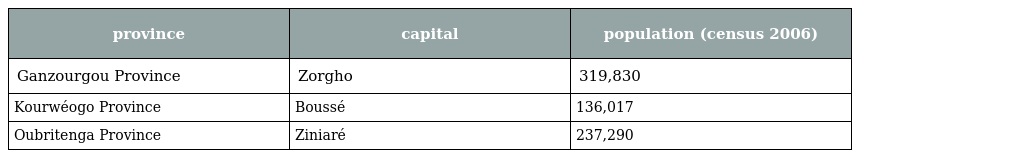
| province | capital | population (census 2006) |
 | --- | --- | --- |
 | Ganzourgou Province | Zorgho | 319,830 |
 | Kourwéogo Province | Boussé | 136,017 |
 | Oubritenga Province | Ziniaré | 237,290 |